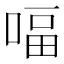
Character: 𠸢